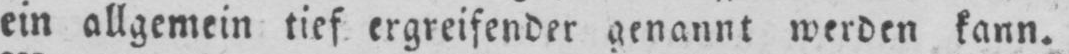
ein allgemein tief ergreifender genannt werden kann.